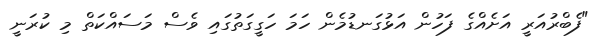
"ފެބްރުއަރީ އަށެއްގެ ފަހުން އަޅުގަނޑުމެން ހަމަ ހަގީގަތުގައި ވެސް މަސައްކަތް މި ކުރަނީ